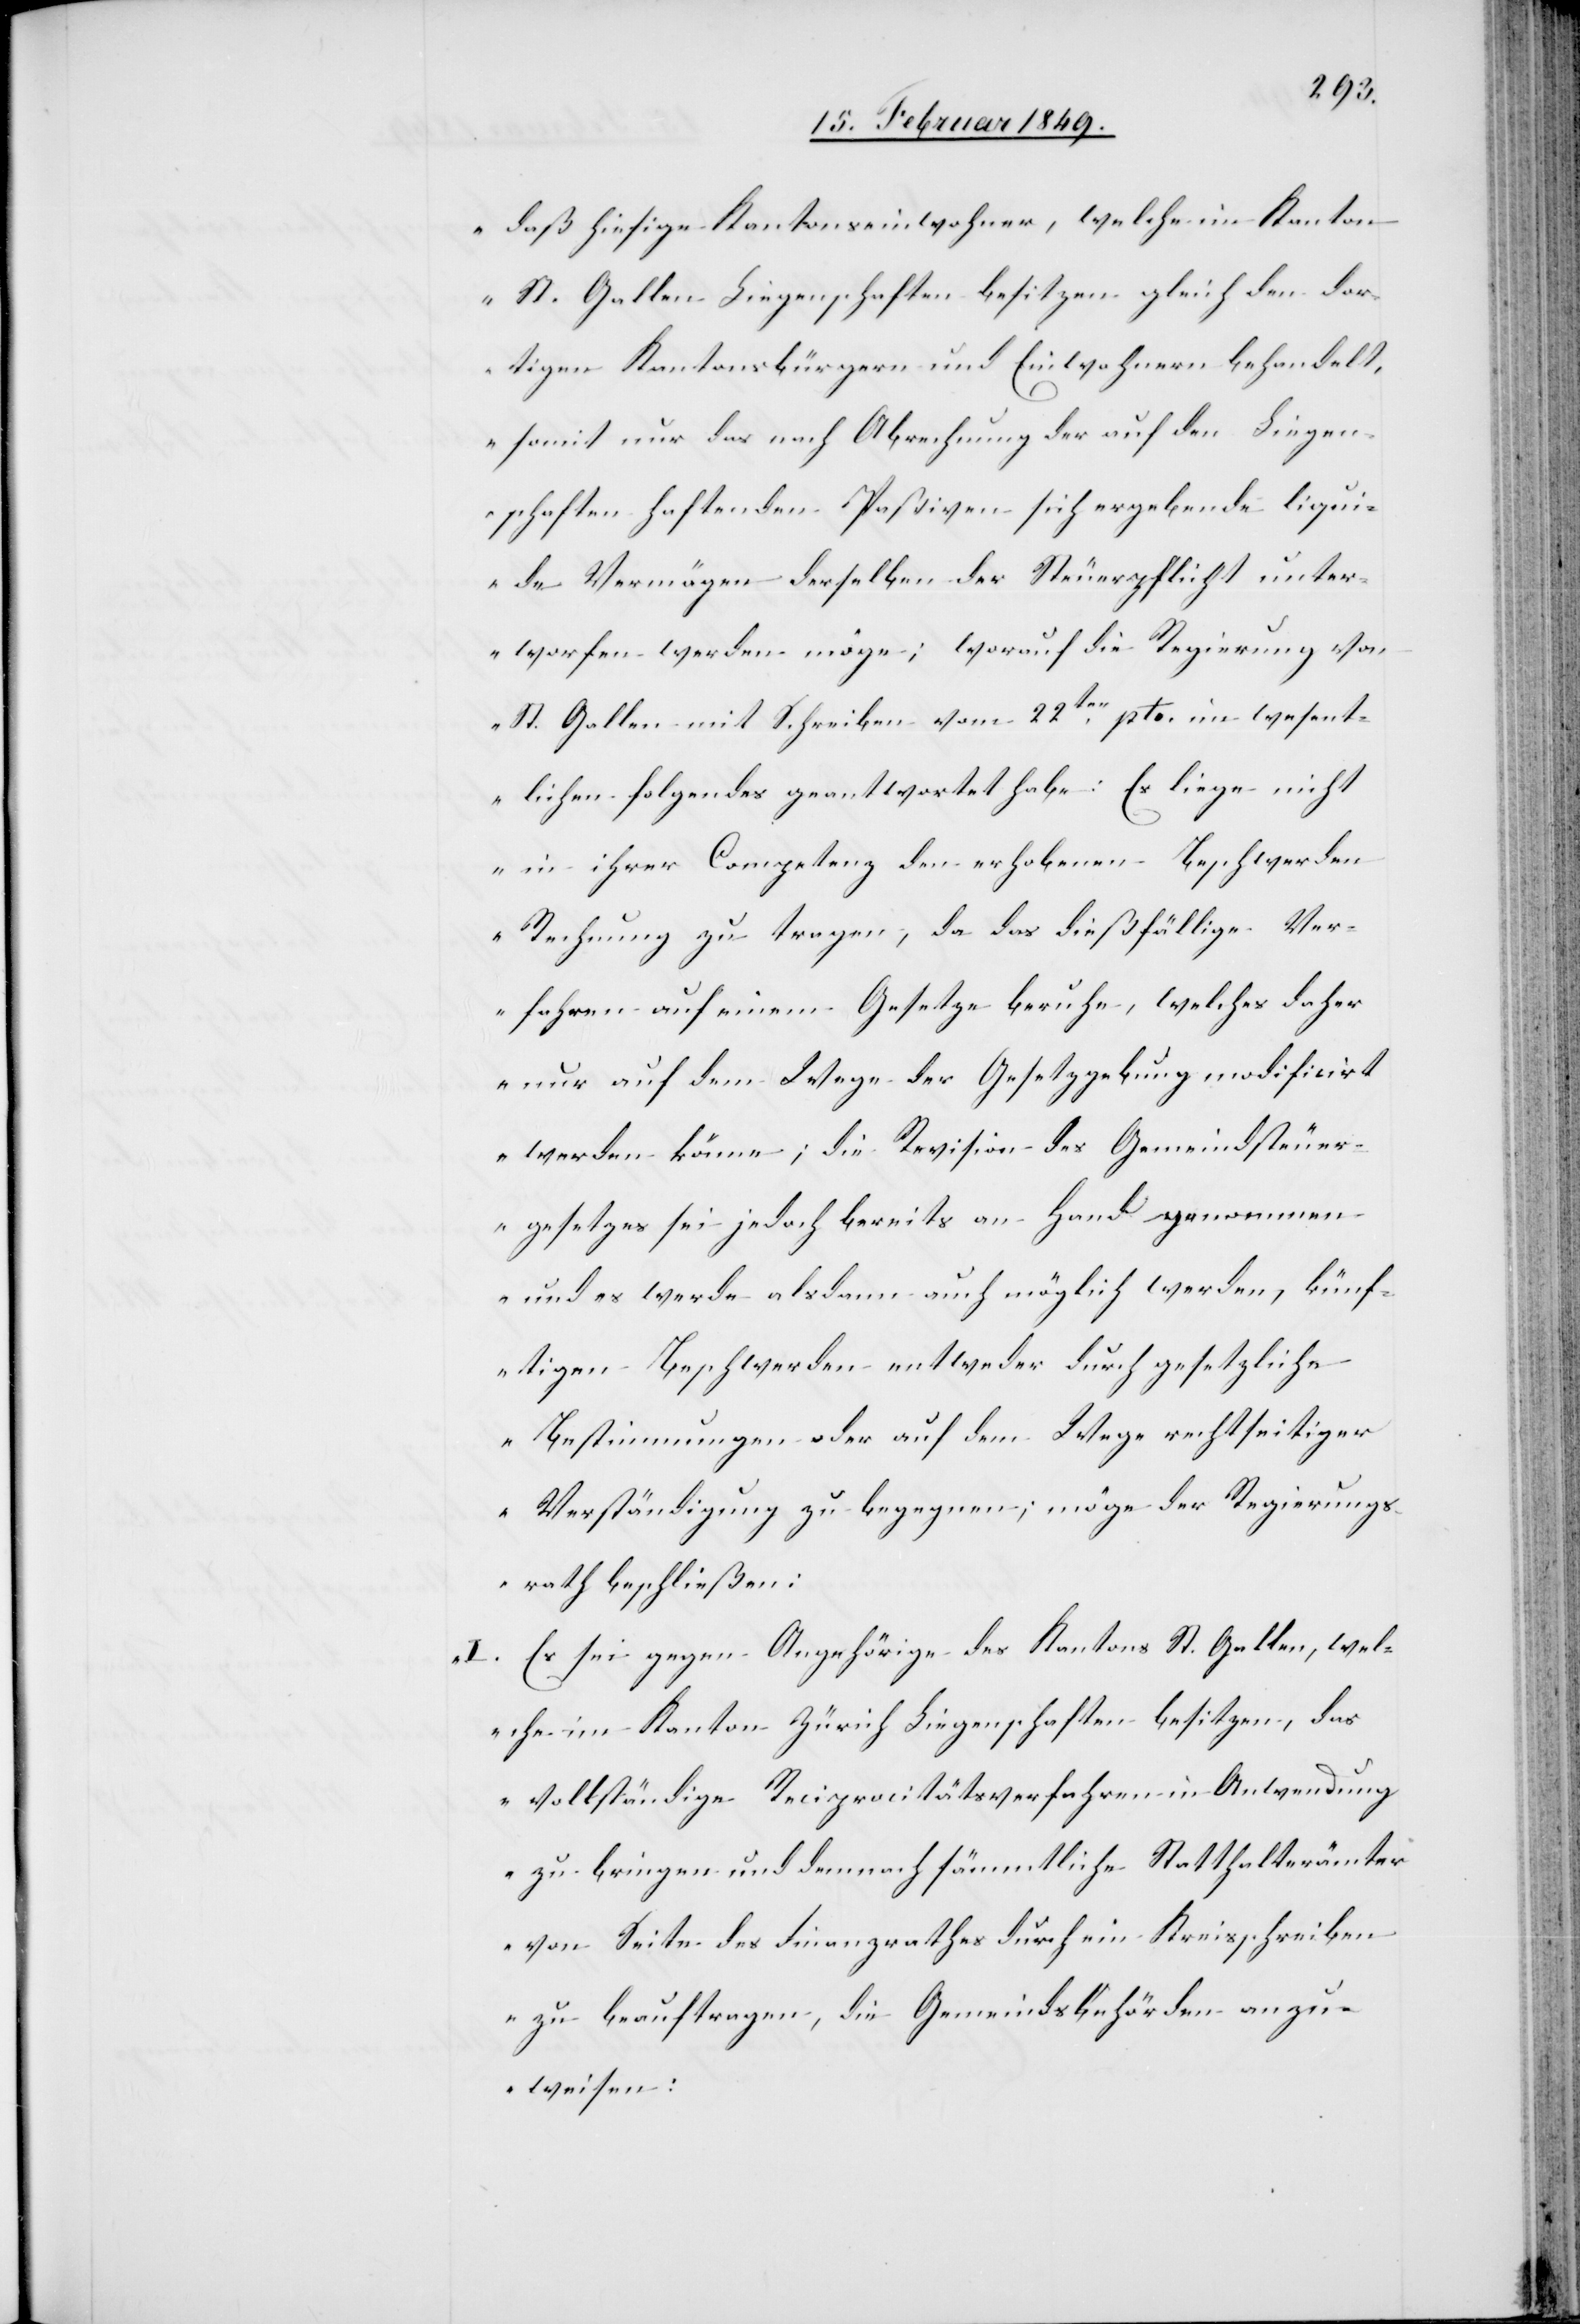
daß hiesige Kantonseinwohner, welche im Kanton
St. Gallen Liegenschaften besitzen gleich den dor¬
tigen Kantonsbürgern und Einwohnern behandelt,
somit nur das nach Abrechnung der auf den Liegen¬
schaften haftenden Paßiven sich ergebende liqui¬
de Vermögen derselben der Steuerpflicht unter¬
worfen werden möge; worauf die Regierung von
St. Gallen mit Schreiben vom 22ten. pto. im wesent¬
lichen folgendes geantwortet habe: Es liege nicht
in ihrer Competenz der erhobenen Beschwerden
Rechnung zu tragen, da das dießfällige Ver¬
fahren auf einem Gesetze beruhe, welches daher
nur auf dem Wege der Gesetzgebung modificirt
werden könne; die Revision des Gemeindsteuer¬
gesetzes sei jedoch bereits an Hand genommen
und es werde alsdann auch möglich werden, künf¬
tigen Beschwerden entweder durch gesetzliche
Bestimmungen oder auf dem Wege rechtseitiger
Verständigung zu begegnen; möge der Regierungs¬
rath beschließen:
I. Es sei gegen Angehörige des Kantons St. Gallen, wel¬
che im Kanton Zürich Liegenschaften besitzen, das
vollständige Reciprocitätsverfahren in Anwendung
zu bringen und demnach sämmtliche Statthalterämter
von Seite des Finanzrathes durch ein Kreisschreiben
zu beauftragen, die Gemeindsbehörden anzu¬
weisen: